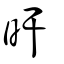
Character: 旰